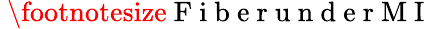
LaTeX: \mathrm{~\footnotesize~F~i~b~e~r~u~n~d~e~r~M~I~}